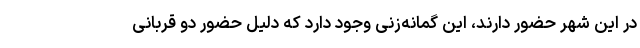
در این شهر حضور دارند، این گمانه‌زنی وجود دارد که دلیل حضور دو قربانی